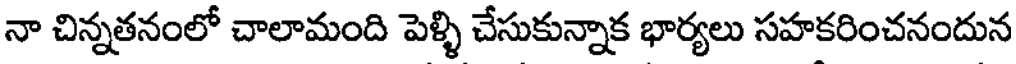
నా చిన్నతనంలో చాలామంది పెళ్ళి చేసుకున్నాక భార్యలు సహకరించనందున